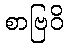
စာဗြဝိ